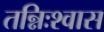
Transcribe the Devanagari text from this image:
तन्निःश्वास